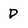
Character: P